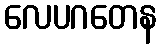
လေပဂတေန